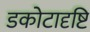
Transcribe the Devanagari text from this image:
डकोटादृष्टि